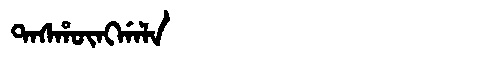
Manchu: ᡨᠠᠰᡥᡡᠩᡤᠠᠯᠠ
Romanization: TASHŪNGGALA